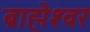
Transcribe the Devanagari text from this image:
ब्राह्मेश्‍वर